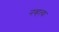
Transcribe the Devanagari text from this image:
नव्‍हत्‍या